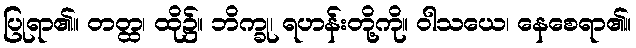
ပြုရာ၏။ တတ္ထ၊ ထို၌။ ဘိက္ခု၊ ရဟန်းတို့ကို။ ဝါသယေ၊ နေစေရာ၏။